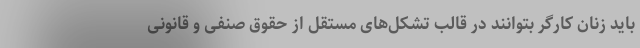
باید زنان کارگر بتوانند در قالب تشکل‌های مستقل از حقوق صنفی و قانونی